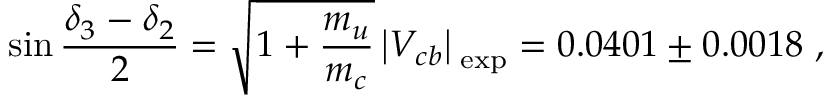
\sin \frac { \delta _ { 3 } - \delta _ { 2 } } { 2 } = \sqrt { 1 + \frac { m _ { u } } { m _ { c } } } \left| V _ { c b } \right| _ { \mathrm { { \tiny ~ e x p } } } = 0 . 0 4 0 1 \pm 0 . 0 0 1 8 \ ,